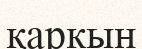
қаркын